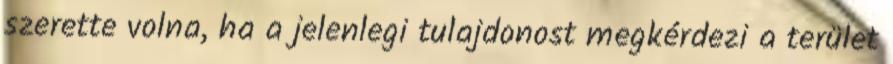
szerette volna, ha a jelenlegi tulajdonost megkérdezi a terület